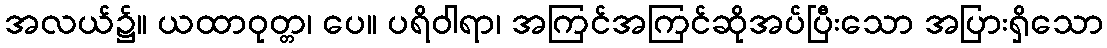
အလယ်၌။ ယထာဝုတ္တ၊ ပေ။ ပရိဝါရာ၊ အကြင်အကြင်ဆိုအပ်ပြီးသော အပြားရှိသော